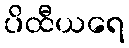
ပိထီယရေ